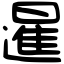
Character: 暹